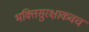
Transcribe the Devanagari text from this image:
भक्तिसुरक्षाकवच